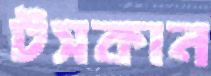
টসকান